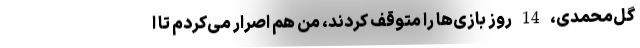
گل‌محمدی، 14 روز بازی‌ها را متوقف کردند، من هم اصرار می‌کردم تا ا